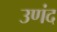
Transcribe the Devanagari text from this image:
उणंद